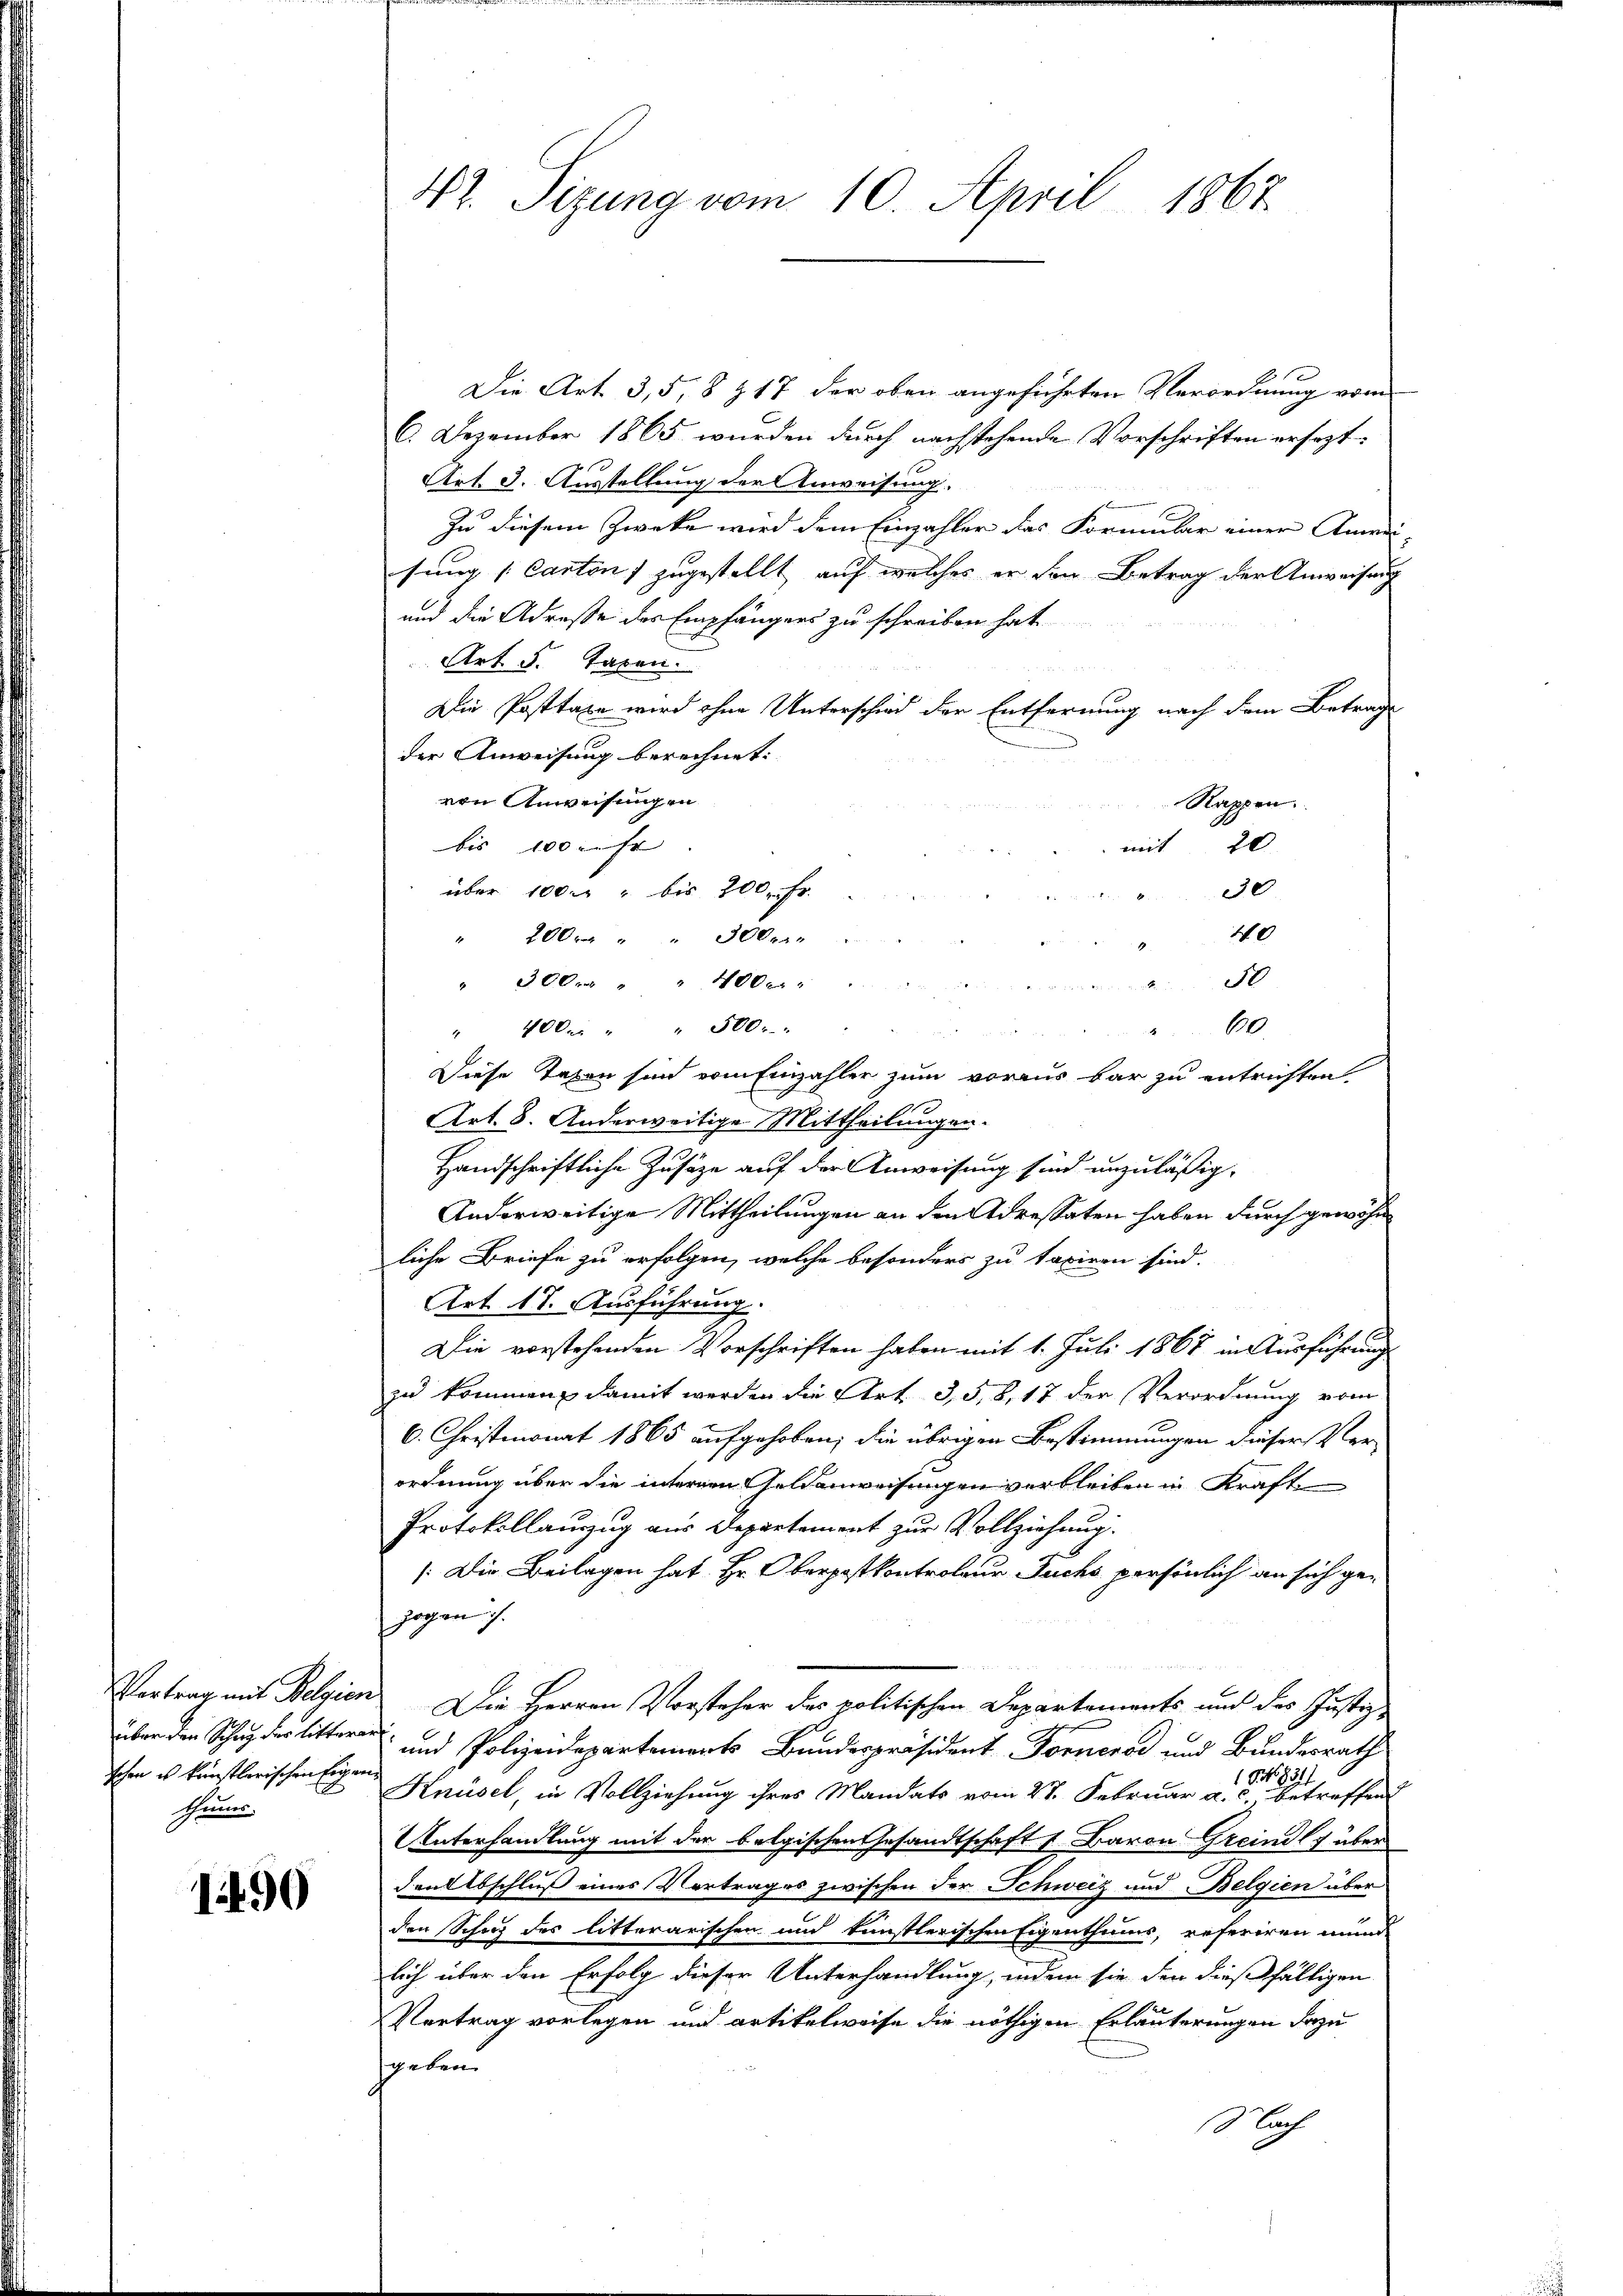
schen es künstlerischen Eigen
Schleiner,

1490

42. Sitzung vom 10. April 1867

Die Art. 3,5, 8 & 17 der oben angeführten Verordnung vom
6. Dezember 1865 wurden durch nachstehende Vorschriften ersezt:
Art. 3. Ausstellung der Anweisung.
Zu diesem Zwecke wird dem Einzahler das Formular einer Anreisung „Cantons zugestellt, auf welches er von Betrag der Anweisung
und die Adresse des Empfängers zu schreiben hat
Art. 5. Tagen.
Die Posttaxe wird ohne Unterschied der Entfernung nach dem Betrag
der Anweisung berechnet:
von Anweisungen
Rappen.
bis 100 mehr |
mit 20
30
über 100. u bis 200. Fr.
40
" 2000 " " 300 er
0
" 300 " " 400 x
uung
10
" 400 " " 500.
4
N 22
Diese Tagen sind vom Einzahler zum voraus bar zu entrichten
Art. 8. Anderweitige Mittheilungen.
Handschriftliche Zusätze auf der Anweisung sind unzulässig-
Anderweitige Mittheilungen an den Adressaten haben durch gewohn
liche Briefe zu erfolgen, welche besonders zu taxiren sind.
Art. 17. Ausführung.
Die vorstehenden Vorschriften haben mit 1. Juli 1867 in Ausführung
zu kommen, damit werden die Art. 3, 5, 8, 17 der Verordnung vom
6. Christmonat 1865 aufgehoben; die übrigen Bestimmungen dieser Ver-
ordnung über die internen Geldanweisungen verbleiben in Kraft
Protokollauszug aus Departement zur Vollziehung.
/:Die Beilagen hat Hr. Oberpostkontroleur Fuchs persönlich an sich gezogen 7.
Vortrag mit Belgien Die Herren Vorsteher des politischen Departements und des Justiz-
über den Schu der litteren und Polizeidepartements Bundespräsident Forneros und Bundesrath
Just
183
Knüsel, in Vollziehung ihres Mandats vom 27. Februar a. c., betreffend
Unterhandlung mit der belgischen Gesandtschaft u Baron Greind über
den Abschluß eines Vertrages zwischen der Schweiz und Belgien über
den Schoch des litterarischen und künstlerischen Eigenthums, referiren mund
lich über den Erfolg dieser Unterhandlung, indem sie den dießfälligen
Vertrag vorlegen und artikelweise die nöthigen Erläuterungen dazu
sgeben.
Sach